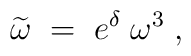
\widetilde{\omega }\;=\;e^\delta \;\omega ^3\;,